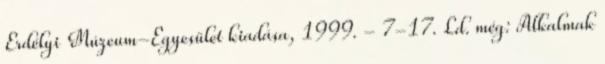
Erdélyi Múzeum-Egyesület kiadása, 1999. - 7-17. Ld. még: Alkalmak